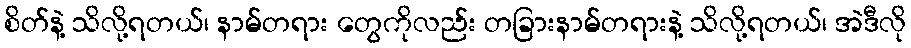
စိတ်နဲ့ သိလို့ရတယ်၊ နာမ်တရား တွေကိုလည်း တခြားနာမ်တရားနဲ့ သိလို့ရတယ်၊ အဲဒီလို